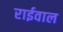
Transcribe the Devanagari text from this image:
राईवाल